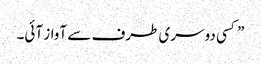
” کسی دوسری طرف سے آواز آئی۔